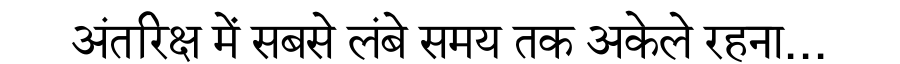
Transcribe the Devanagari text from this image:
अंतरिक्ष में सबसे लंबे समय तक अकेले रहना...